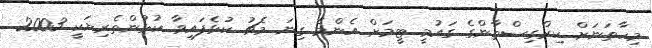
މިހާތަނަށް ކިރްގިސްތާންގެ ގައުމީ ޓީމަށް އެންމެ ގިނަ މެޗު ކުޅެފައިވާ ކުޅުންތެރިޔަކީ 2003